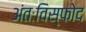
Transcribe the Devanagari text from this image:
अंतःविस्फोद